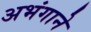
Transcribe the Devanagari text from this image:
अभंगाने